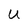
Character: U